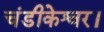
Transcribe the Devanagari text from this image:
चंडीकेश्वर।